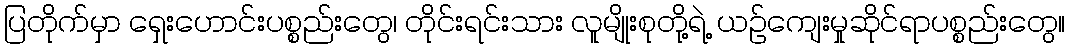
ပြတိုက်မှာ ရှေးဟောင်းပစ္စည်းတွေ၊ တိုင်းရင်းသား လူမျိုးစုတို့ရဲ့ ယဉ်ကျေးမှုဆိုင်ရာပစ္စည်းတွေ။